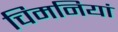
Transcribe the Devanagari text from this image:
चिमनियां